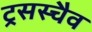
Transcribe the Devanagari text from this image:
ट्रसस्चैव